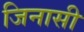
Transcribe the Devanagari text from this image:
जिनासी